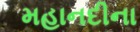
મહાનદીના